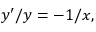
y ^ { \prime } / y = - 1 / x ,